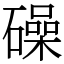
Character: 𥖨